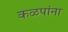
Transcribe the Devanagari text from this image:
कळपांना